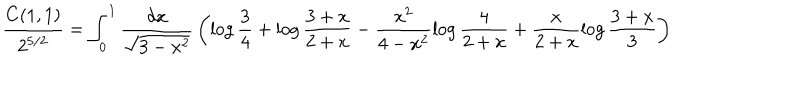
{ \frac { C ( 1 , 1 ) } { 2 ^ { 5 / 2 } } } = \int _ { 0 } ^ { 1 } \frac { d x } { \sqrt { 3 - x ^ { 2 } } } \, \left( \log \frac 3 4 + \log \frac { 3 + x } { 2 + x } - \frac { x ^ { 2 } } { 4 - x ^ { 2 } } \log \frac { 4 } { 2 + x } + \frac { x } { 2 + x } \log \frac { 3 + x } { 3 } \right)